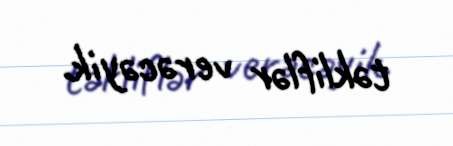
təkliflər verəcəyik.